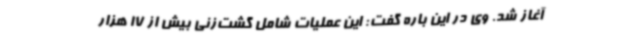
آغاز شد. وی در این باره گفت: این عملیات شامل گشت‌زنی بیش از 17 هزار